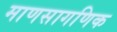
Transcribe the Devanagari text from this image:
माणसागणिक